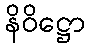
နိဝိဋ္ဌော